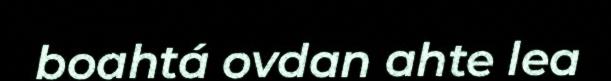
boahtá ovdan ahte lea